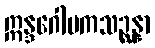
ဣန္ဒဂေါပကသဉ္ဆန္နာ